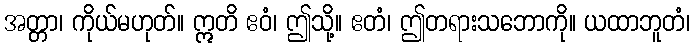
အတ္တာ၊ ကိုယ်မဟုတ်။ ဣတိ ဧဝံ၊ ဤသို့။ ဧတံ၊ ဤတရားသဘောကို။ ယထာဘူတံ၊